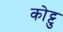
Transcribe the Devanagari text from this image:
कोट्टु